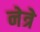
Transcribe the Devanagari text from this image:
नेत्रे